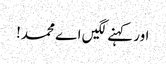
اور کہنے لگیں اے محمد!